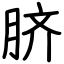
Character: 脐